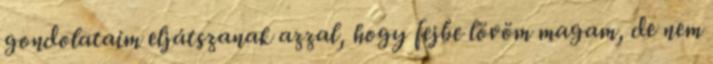
gondolataim eljátszanak azzal, hogy fejbe lövöm magam, de nem